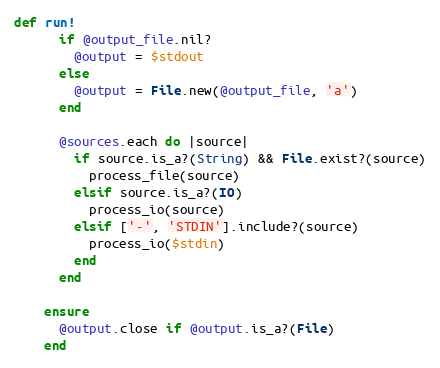
Language: Ruby
def run!
      if @output_file.nil?
        @output = $stdout
      else
        @output = File.new(@output_file, 'a')
      end

      @sources.each do |source|
        if source.is_a?(String) && File.exist?(source)
          process_file(source)
        elsif source.is_a?(IO)
          process_io(source)
        elsif ['-', 'STDIN'].include?(source)
          process_io($stdin)
        end
      end

    ensure
      @output.close if @output.is_a?(File)
    end